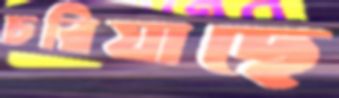
চরিয়াছে